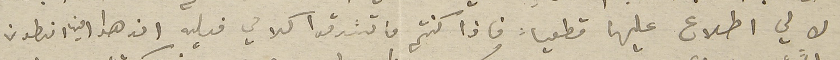
لا لي اطلاع عليها قطعياً فاذا كنتم ما تسَدقوا كلامي فعليه ان هدا اخي انطون